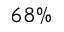
6 8 \%